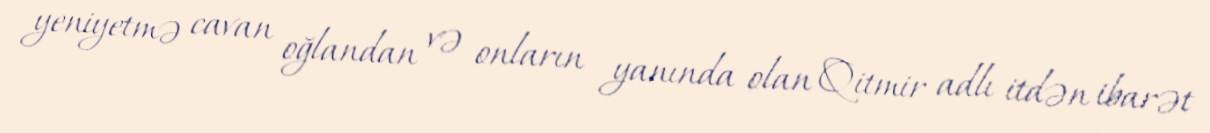
yeniyetmə cavan oğlandan və onların yanında olan Qitmir adlı itdən ibarət